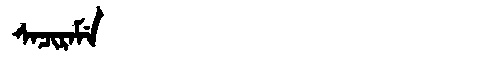
Manchu: ᠰᠠᠴᡳᡵᠠᠮᡝ
Romanization: SACIRAME